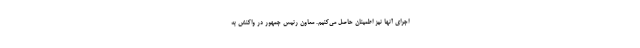
اجرای آنها نیز اطمینان حاصل می‌کنیم. معاون رئیس جمهور در واکنش به